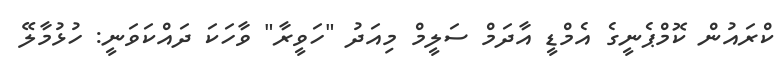
ކްރައުން ކޮމްޕެނީގެ އެމްޑީ އާދަމް ސަލީމް މިއަދު "ހަވީރާ" ވާހަކަ ދައްކަވަނީ: ހުޅުމާލޭ